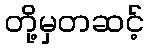
တို့မှတဆင့်